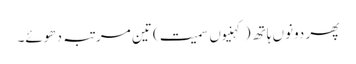
پھر دونوں ہاتھ (کہنیوں سمیت) تین مرتبہ دھوئے۔